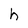
Character: h